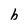
Character: b